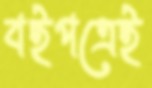
বইপত্রেই